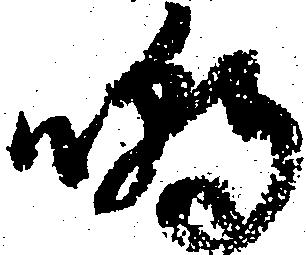
嘲